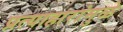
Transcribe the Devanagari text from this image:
प्रत्याहारांमुळे